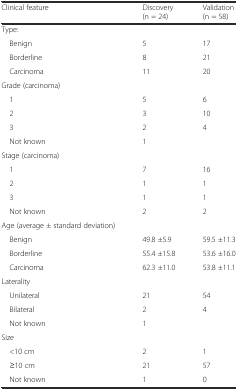
| Clinical feature | Discovery (n = 24) | Validation (n = 58) |
 | --- | --- | --- |
 | Type: |  |  |
 | Benign | 5 | 17 |
 | Borderline | 8 | 21 |
 | Carcinoma | 11 | 20 |
 | Grade (carcinoma) |  |  |
 | 1 | 5 | 6 |
 | 2 | 3 | 10 |
 | 3 | 2 | 4 |
 | Not known | 1 |  |
 | Stage (carcinoma) |  |  |
 | 1 | 7 | 16 |
 | 2 | 1 | 1 |
 | 3 | 1 | 1 |
 | Not known | 2 | 2 |
 | Age (average ± standard deviation) |  |  |
 | Benign | 49.8 ±5.9 | 59.5 ±11.3 |
 | Borderline | 55.4 ±15.8 | 53.6 ±16.0 |
 | Carcinoma | 62.3 ±11.0 | 53.8 ±11.1 |
 | Laterality |  |  |
 | Unilateral | 21 | 54 |
 | Bilateral | 2 | 4 |
 | Not known | 1 |  |
 | Size |  |  |
 | <10 cm | 2 | 1 |
 | ≥10 cm | 21 | 57 |
 | Not known | 1 | 0 |